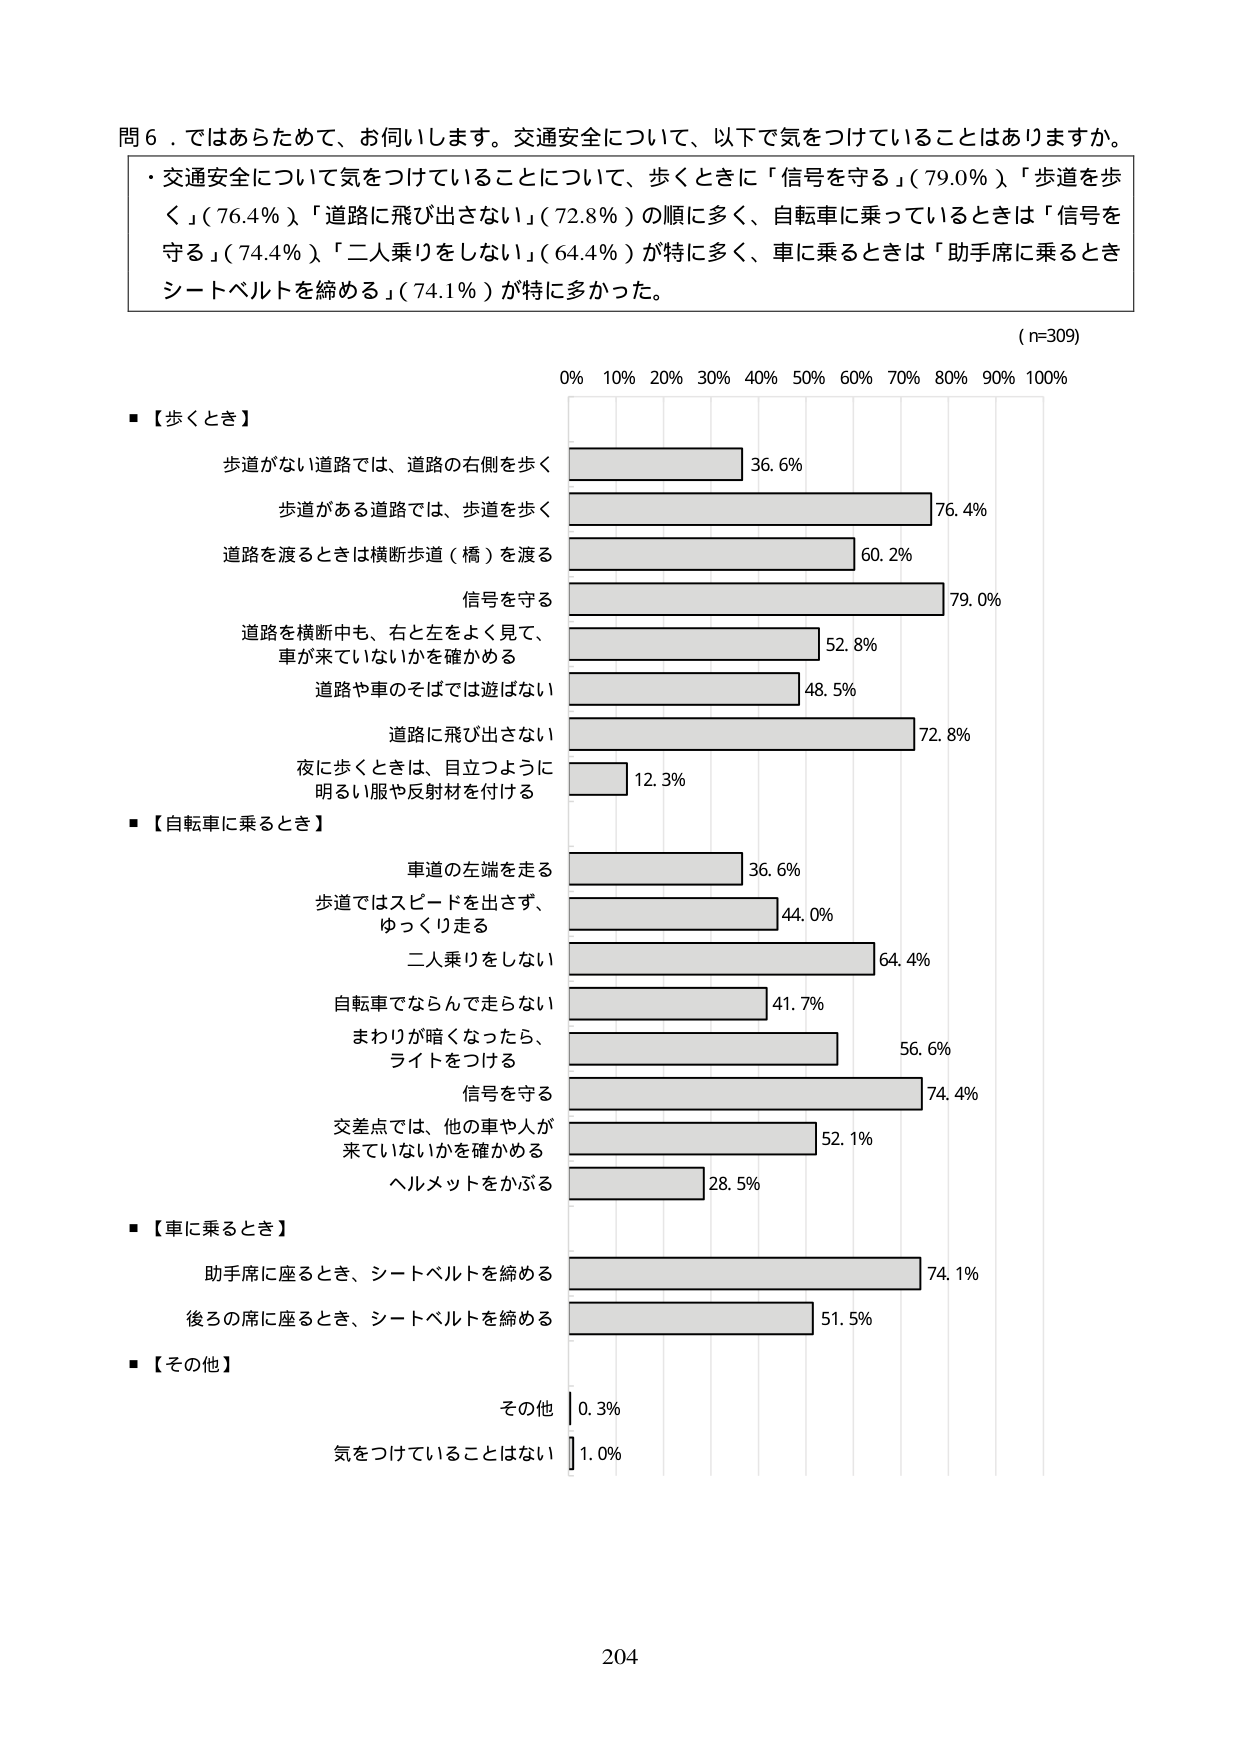
問６．ではあらためて、お伺いします。交通安全について、以下で気をつけていることはありますか。
・交通安全について気をつけていることについて、歩くときに「信号を守る」（79.0％）「歩道を歩く」（76.4％）「道路に飛び出さない」（72.8％）の順に多く、自転車に乗っているときは「信号を守る」（74.4％）「二人乗りをしない」（64.4％）が特に多く、車に乗るときは「助手席に乗るときシートベルトを締める」（74.1％）が特に多かった。

（n=309）

■【歩くとき】
歩道がない道路では、道路の右側を歩く 36.6%
歩道がある道路では、歩道を歩く 76.4%
道路を渡るときは横断歩道（橋）を渡る 60.2%
信号を守る 79.0%
道路を横断中も、右と左をよく見て、車が来ていないかを確かめる 52.8%
道路や車のそばでは遊ばない 48.5%
道路に飛び出さない 72.8%
夜に歩くときは、目立つように明るい服や反射材を付ける 12.3%

■【自転車に乗るとき】
車道の左端を走る 36.6%
歩道ではスピードを出さず、ゆっくり走る 44.0%
二人乗りをしない 64.4%
自転車でならんで走らない 41.7%
まわりが暗くなったら、ライトをつける 56.6%
信号を守る 74.4%
交差点では、他の車や人が来ていないかを確かめる 52.1%
ヘルメットをかぶる 28.5%

■【車に乗るとき】
助手席に座るとき、シートベルトを締める 74.1%
後ろの席に座るとき、シートベルトを締める 51.5%

■【その他】
その他 0.3%
気をつけていることはない 1.0%

204